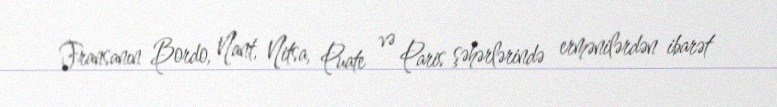
Fransanın Bordo, Nant, Nitsa, Puate və Paris şəhərlərində ermənilərdən ibarət